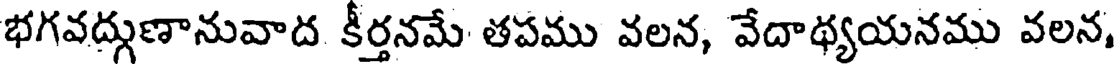
భగవద్గుణానువాద కీర్తనమే తపము వలన, వేదాథ్యయనము వలన